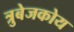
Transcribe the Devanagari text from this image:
त्रुबेजकोय